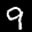
Label: 9